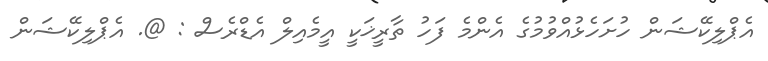
އެޕްލިކޭޝަން ހުށަހެޅުއްވުމުގެ އެންމެ ފަހު ތާރީޚަކީ އީމެއިލް އެޑްރެސް : @. އެޕްލިކޭޝަން